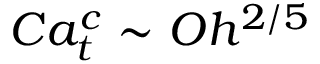
C a _ { t } ^ { c } \sim O h ^ { 2 / 5 }